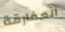
المفارقة